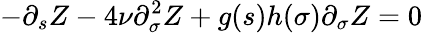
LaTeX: -\partial_{s}Z-4\nu\partial_{\sigma}^{2}Z+g(s)h(\sigma)\partial_{\sigma}Z=0